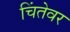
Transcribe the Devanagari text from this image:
चिंतेवर